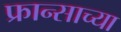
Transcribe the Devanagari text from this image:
फ्रान्साच्या